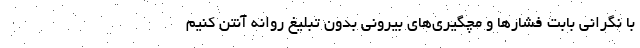
با نگرانی بابت فشارها و مچگیری‌های بیرونی بدون تبلیغ روانه آنتن کنیم